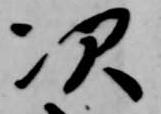
次